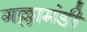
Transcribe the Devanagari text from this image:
गल्लामंडी